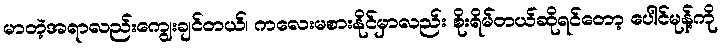
မာတဲ့အရာလည်းကျွေးချင်တယ်၊ ကလေးမစားနိုင်မှာလည်း စိုးရိမ်တယ်ဆိုရင်တော့ ပေါင်မုန့်ကို